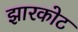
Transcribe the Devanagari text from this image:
झारकोट